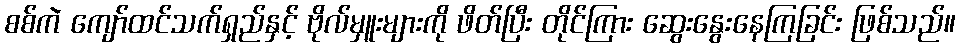
စစ်ကဲ ကျော်ထင်သက်ရှည်နှင့် ဗိုလ်မှူးများကို ဖိတ်ပြီး တိုင်ကြား ဆွေးနွေးနေကြခြင်း ဖြစ်သည်။